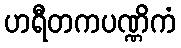
ဟရီတကပဏ္ဏိကံ